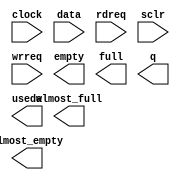
// megafunction wizard: %FIFO%VBB%
// GENERATION: STANDARD
// VERSION: WM1.0
// MODULE: scfifo 

// ============================================================
// Megafunction Name(s):
// 			scfifo
//
// Simulation Library Files(s):
// 			altera_mf
// ============================================================
// ************************************************************
// THIS IS A WIZARD-GENERATED FILE. DO NOT EDIT THIS FILE!
//
// 13.0.0 Build 156 04/24/2013 SJ Full Version
// ************************************************************

//Copyright (C) 1991-2013 Altera Corporation
//Your use of Altera Corporation's design tools, logic functions 
//and other software and tools, and its AMPP partner logic 
//functions, and any output files from any of the foregoing 
//(including device programming or simulation files), and any 
//associated documentation or information are expressly subject 
//to the terms and conditions of the Altera Program License 
//Subscription Agreement, Altera MegaCore Function License 
//Agreement, or other applicable license agreement, including, 
//without limitation, that your use is for the sole purpose of 
//programming logic devices manufactured by Altera and sold by 
//Altera or its authorized distributors.  Please refer to the 
//applicable agreement for further details.

module fifo (
	clock,
	data,
	rdreq,
	sclr,
	wrreq,
	almost_empty,
	almost_full,
	empty,
	full,
	q,
	usedw);

	input	  clock;
	input	[15:0]  data;
	input	  rdreq;
	input	  sclr;
	input	  wrreq;
	output	  almost_empty;
	output	  almost_full;
	output	  empty;
	output	  full;
	output	[15:0]  q;
	output	[7:0]  usedw;

endmodule

// ============================================================
// CNX file retrieval info
// ============================================================
// Retrieval info: PRIVATE: AlmostEmpty NUMERIC "1"
// Retrieval info: PRIVATE: AlmostEmptyThr NUMERIC "2"
// Retrieval info: PRIVATE: AlmostFull NUMERIC "1"
// Retrieval info: PRIVATE: AlmostFullThr NUMERIC "254"
// Retrieval info: PRIVATE: CLOCKS_ARE_SYNCHRONIZED NUMERIC "0"
// Retrieval info: PRIVATE: Clock NUMERIC "0"
// Retrieval info: PRIVATE: Depth NUMERIC "256"
// Retrieval info: PRIVATE: Empty NUMERIC "1"
// Retrieval info: PRIVATE: Full NUMERIC "1"
// Retrieval info: PRIVATE: INTENDED_DEVICE_FAMILY STRING "Cyclone IV E"
// Retrieval info: PRIVATE: LE_BasedFIFO NUMERIC "0"
// Retrieval info: PRIVATE: LegacyRREQ NUMERIC "1"
// Retrieval info: PRIVATE: MAX_DEPTH_BY_9 NUMERIC "0"
// Retrieval info: PRIVATE: OVERFLOW_CHECKING NUMERIC "0"
// Retrieval info: PRIVATE: Optimize NUMERIC "2"
// Retrieval info: PRIVATE: RAM_BLOCK_TYPE NUMERIC "0"
// Retrieval info: PRIVATE: SYNTH_WRAPPER_GEN_POSTFIX STRING "0"
// Retrieval info: PRIVATE: UNDERFLOW_CHECKING NUMERIC "0"
// Retrieval info: PRIVATE: UsedW NUMERIC "1"
// Retrieval info: PRIVATE: Width NUMERIC "16"
// Retrieval info: PRIVATE: dc_aclr NUMERIC "0"
// Retrieval info: PRIVATE: diff_widths NUMERIC "0"
// Retrieval info: PRIVATE: msb_usedw NUMERIC "0"
// Retrieval info: PRIVATE: output_width NUMERIC "16"
// Retrieval info: PRIVATE: rsEmpty NUMERIC "1"
// Retrieval info: PRIVATE: rsFull NUMERIC "0"
// Retrieval info: PRIVATE: rsUsedW NUMERIC "0"
// Retrieval info: PRIVATE: sc_aclr NUMERIC "0"
// Retrieval info: PRIVATE: sc_sclr NUMERIC "1"
// Retrieval info: PRIVATE: wsEmpty NUMERIC "0"
// Retrieval info: PRIVATE: wsFull NUMERIC "1"
// Retrieval info: PRIVATE: wsUsedW NUMERIC "0"
// Retrieval info: LIBRARY: altera_mf altera_mf.altera_mf_components.all
// Retrieval info: CONSTANT: ADD_RAM_OUTPUT_REGISTER STRING "OFF"
// Retrieval info: CONSTANT: ALMOST_EMPTY_VALUE NUMERIC "2"
// Retrieval info: CONSTANT: ALMOST_FULL_VALUE NUMERIC "254"
// Retrieval info: CONSTANT: INTENDED_DEVICE_FAMILY STRING "Cyclone IV E"
// Retrieval info: CONSTANT: LPM_NUMWORDS NUMERIC "256"
// Retrieval info: CONSTANT: LPM_SHOWAHEAD STRING "OFF"
// Retrieval info: CONSTANT: LPM_TYPE STRING "scfifo"
// Retrieval info: CONSTANT: LPM_WIDTH NUMERIC "16"
// Retrieval info: CONSTANT: LPM_WIDTHU NUMERIC "8"
// Retrieval info: CONSTANT: OVERFLOW_CHECKING STRING "ON"
// Retrieval info: CONSTANT: UNDERFLOW_CHECKING STRING "ON"
// Retrieval info: CONSTANT: USE_EAB STRING "ON"
// Retrieval info: USED_PORT: almost_empty 0 0 0 0 OUTPUT NODEFVAL "almost_empty"
// Retrieval info: USED_PORT: almost_full 0 0 0 0 OUTPUT NODEFVAL "almost_full"
// Retrieval info: USED_PORT: clock 0 0 0 0 INPUT NODEFVAL "clock"
// Retrieval info: USED_PORT: data 0 0 16 0 INPUT NODEFVAL "data[15..0]"
// Retrieval info: USED_PORT: empty 0 0 0 0 OUTPUT NODEFVAL "empty"
// Retrieval info: USED_PORT: full 0 0 0 0 OUTPUT NODEFVAL "full"
// Retrieval info: USED_PORT: q 0 0 16 0 OUTPUT NODEFVAL "q[15..0]"
// Retrieval info: USED_PORT: rdreq 0 0 0 0 INPUT NODEFVAL "rdreq"
// Retrieval info: USED_PORT: sclr 0 0 0 0 INPUT NODEFVAL "sclr"
// Retrieval info: USED_PORT: usedw 0 0 8 0 OUTPUT NODEFVAL "usedw[7..0]"
// Retrieval info: USED_PORT: wrreq 0 0 0 0 INPUT NODEFVAL "wrreq"
// Retrieval info: CONNECT: @clock 0 0 0 0 clock 0 0 0 0
// Retrieval info: CONNECT: @data 0 0 16 0 data 0 0 16 0
// Retrieval info: CONNECT: @rdreq 0 0 0 0 rdreq 0 0 0 0
// Retrieval info: CONNECT: @sclr 0 0 0 0 sclr 0 0 0 0
// Retrieval info: CONNECT: @wrreq 0 0 0 0 wrreq 0 0 0 0
// Retrieval info: CONNECT: almost_empty 0 0 0 0 @almost_empty 0 0 0 0
// Retrieval info: CONNECT: almost_full 0 0 0 0 @almost_full 0 0 0 0
// Retrieval info: CONNECT: empty 0 0 0 0 @empty 0 0 0 0
// Retrieval info: CONNECT: full 0 0 0 0 @full 0 0 0 0
// Retrieval info: CONNECT: q 0 0 16 0 @q 0 0 16 0
// Retrieval info: CONNECT: usedw 0 0 8 0 @usedw 0 0 8 0
// Retrieval info: GEN_FILE: TYPE_NORMAL fifo.v TRUE
// Retrieval info: GEN_FILE: TYPE_NORMAL fifo.inc FALSE
// Retrieval info: GEN_FILE: TYPE_NORMAL fifo.cmp FALSE
// Retrieval info: GEN_FILE: TYPE_NORMAL fifo.bsf FALSE
// Retrieval info: GEN_FILE: TYPE_NORMAL fifo_inst.v FALSE
// Retrieval info: GEN_FILE: TYPE_NORMAL fifo_bb.v TRUE
// Retrieval info: LIB_FILE: altera_mf